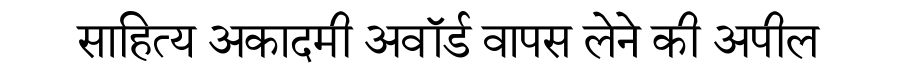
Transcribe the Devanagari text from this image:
साहित्य अकादमी अवॉर्ड वापस लेने की अपील